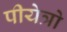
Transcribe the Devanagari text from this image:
पीयेत्रो